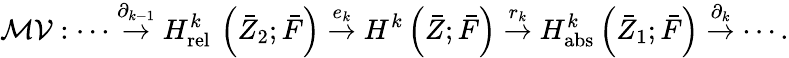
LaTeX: \mathcal{MV}:\cdots\stackrel{\partial_{k-1}}\rightarrow H_{\mathrm{rel~}}^{k}\left({\bar{Z}}_{2};\bar{F}\right)\stackrel{e_{k}}{\rightarrow}H^{k}\left({\bar{Z}};\bar{F}\right)\stackrel{r_{k}}{\rightarrow}H_{\mathrm{abs}}^{k}\left({\bar{Z}}_{1};\bar{F}\right)\stackrel{\partial_{k}}{\rightarrow}\cdots.